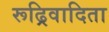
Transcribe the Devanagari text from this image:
रूढ्रिवादिता